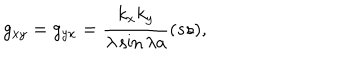
LaTeX: g _ { x y } = g _ { y x } = { \frac { k _ { x } k _ { y } } { \lambda \sin \lambda a } } ( s s ) ,